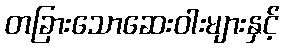
တခြားသောဆေးဝါးများနှင့်